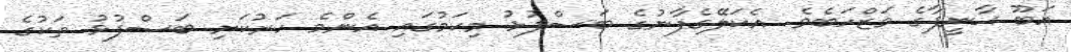
އަބޫ ޙާނީފާގެ މަޒްހަބެވެ. އެކަލޭގެފާނުގެ ބަސްފުޅު މިކަމުގައި އެންމެ ހަރުކަށި ބަސްފުޅު ތަކުގެ